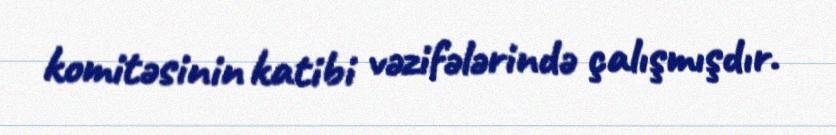
komitəsinin katibi vəzifələrində çalışmışdır.